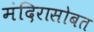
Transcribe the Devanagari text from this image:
मंदिरासोबत